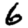
Digit: 6